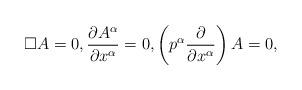
LaTeX: \begin{align*}\square A=0,\frac{\partial A^\alpha}{\partial x^\alpha}=0,\left(p^\alpha\frac{\partial}{\partial x^\alpha}\right)A=0,\end{align*}